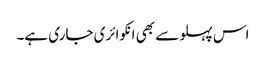
اس پہلو سے بھی انکوائری جاری ہے۔